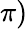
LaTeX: \pi)